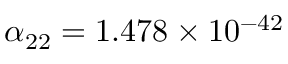
\alpha _ { 2 2 } = 1 . 4 7 8 \times 1 0 ^ { - 4 2 }